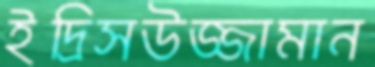
ইদ্রিসউজ্জামান